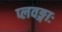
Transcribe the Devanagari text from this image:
प्लवङ्गाः